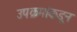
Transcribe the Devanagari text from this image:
उपक्रमांकडून